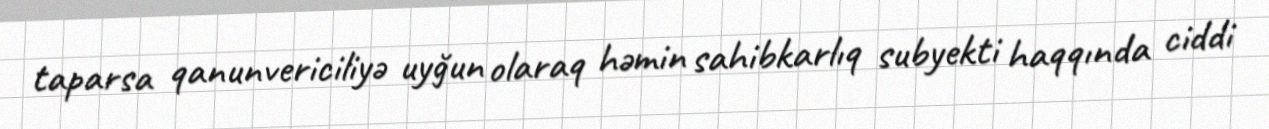
taparsa qanunvericiliyə uyğun olaraq həmin sahibkarlıq subyekti haqqında ciddi